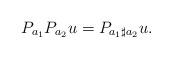
LaTeX: \begin{align*} P_{a_1}P_{a_2}u=P_{a_1\sharp a_2}u.\end{align*}